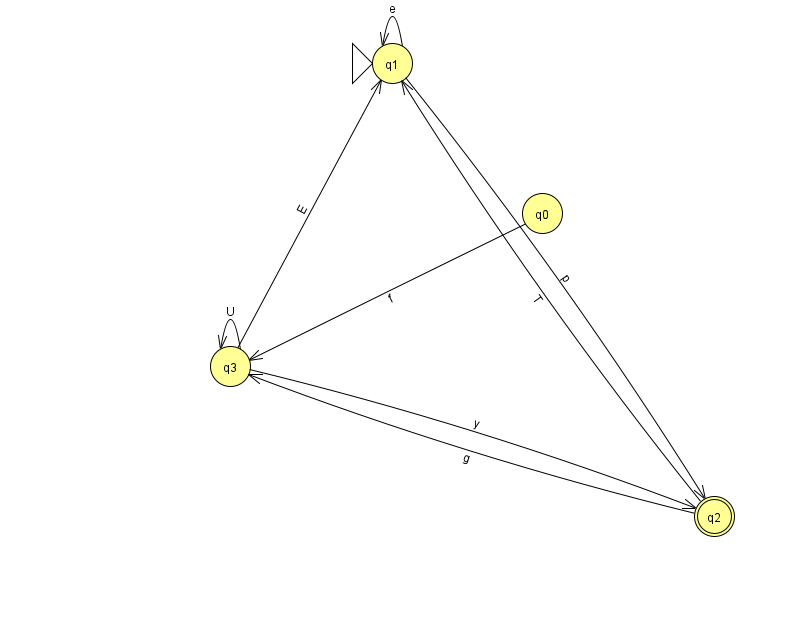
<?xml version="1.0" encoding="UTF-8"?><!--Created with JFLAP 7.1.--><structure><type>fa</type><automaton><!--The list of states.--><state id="0" name="q0"><x>542.0</x><y>200.0</y></state><state id="1" name="q1"><x>392.0</x><y>50.0</y><initial/></state><state id="2" name="q2"><x>714.0</x><y>503.0</y><final/></state><state id="3" name="q3"><x>230.0</x><y>353.0</y></state><!--The list of transitions.--><transition><from>1</from><to>1</to><read>e</read></transition><transition><from>3</from><to>3</to><read>U</read></transition><transition><from>2</from><to>3</to><read>g</read></transition><transition><from>1</from><to>2</to><read>p</read></transition><transition><from>3</from><to>2</to><read>y</read></transition><transition><from>3</from><to>1</to><read>E</read></transition><transition><from>2</from><to>1</to><read>T</read></transition><transition><from>0</from><to>3</to><read>f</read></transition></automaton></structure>